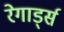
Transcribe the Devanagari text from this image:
रेगार्ड्स